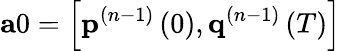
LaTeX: \mathbf{a}0=\left[\mathbf{p}^{(n-1)}\left(0\right),\mathbf{q}^{(n-1)}\left(T\right)\right]